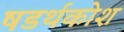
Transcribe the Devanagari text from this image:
षडर्थकोश